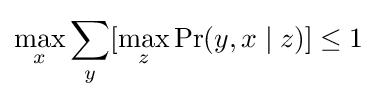
\max _{x}\sum _{y}[\max _{z}\Pr(y,x\mid z)]\leq 1